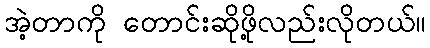
အဲ့တာကို တောင်းဆိုဖို့လည်းလိုတယ်။